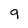
Character: 9